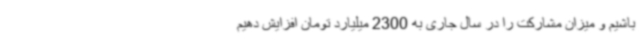
باشیم و میزان مشارکت را در سال جاری به 2300 میلیارد تومان افزایش دهیم